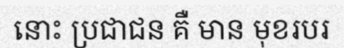
នោះ ប្រជាជន គឺ មាន មុខរបរ